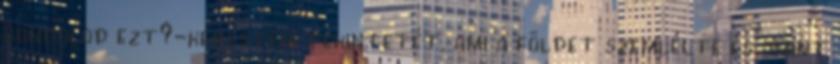
gondolod ezt?-kerestem tekintetét, ami a földet szemlélte és amint